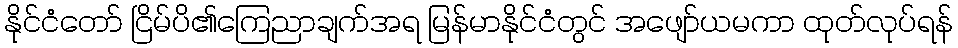
နိုင်ငံတော် ငြိမ်ပိ၏ကြေညာချက်အရ မြန်မာနိုင်ငံတွင် အဖျော်ယမကာ ထုတ်လုပ်ရန်